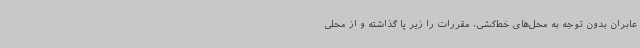
عابران بدون توجه به محل‌های خط‌کشی، مقررات را زیر پا گذاشته و از محلی